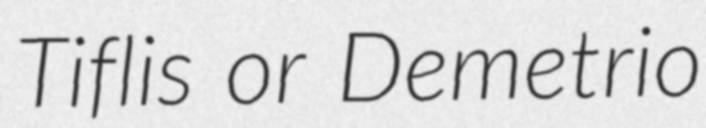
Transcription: Tiflis or Demetrio